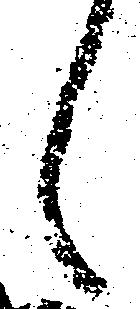
々